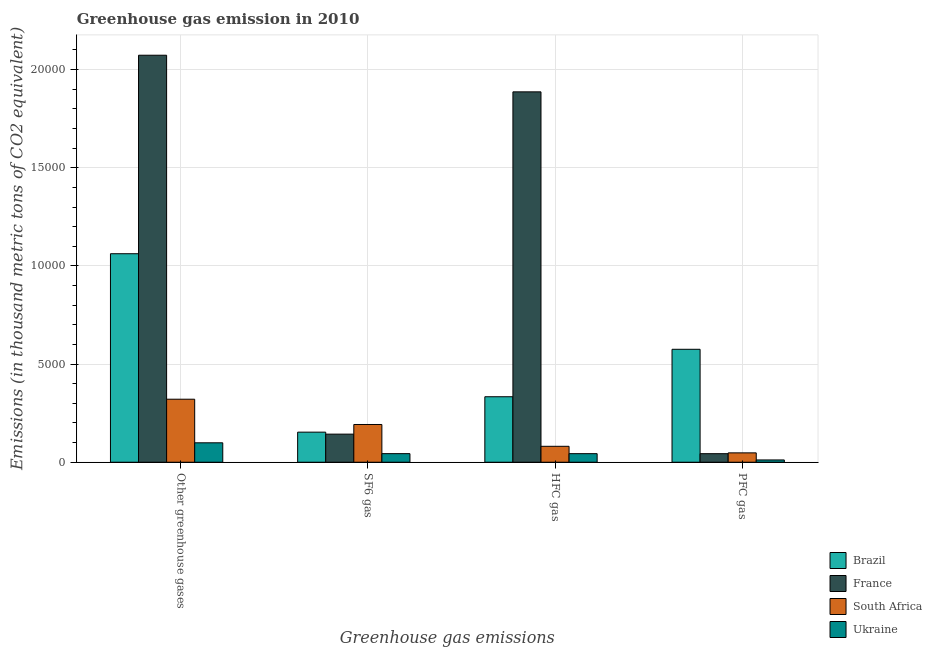
| Greenhouse gas emissions | Brazil | France | South Africa | Ukraine |
 | --- | --- | --- | --- | --- |
 | Other greenhouse gases | 1.06e+04 | 2.07e+04 | 3.21e+03 | 989 |
 | SF6 gas | 1.53e+03 | 1.43e+03 | 1.92e+03 | 437 |
 | HFC gas | 3.34e+03 | 1.89e+04 | 811 | 436 |
 | PFC gas | 5.75e+03 | 435 | 477 | 116 |